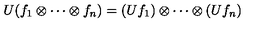
U ( f _ { 1 } \otimes \cdots \otimes f _ { n } ) = ( U f _ { 1 } ) \otimes \cdots \otimes ( U f _ { n } )